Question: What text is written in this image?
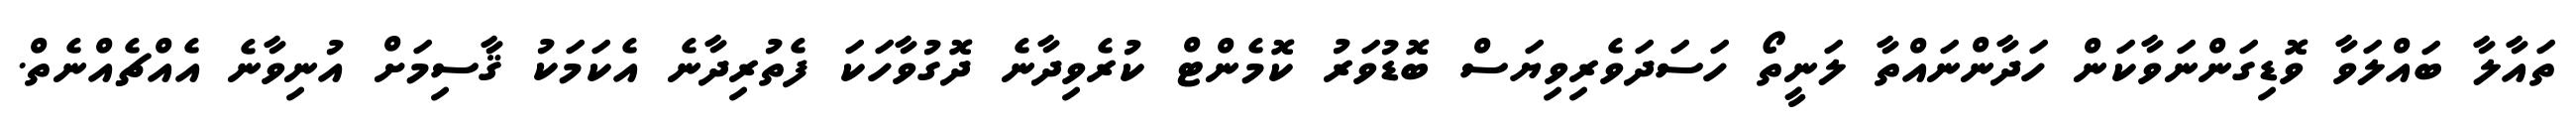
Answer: ތައާލާ ބައްލަވާ ވޮޑިގަންނަވާކަން ހަދާންނައްތާ ލަނީތޯ ހަސަދަވެރިވިޔަސް ބޮޑުވަރު ކޮމެންޓް ކުރެވިދާނެ ދޮގުވާހަކަ ފެތުރިދާނެ އެކަމަކު ޤާސިމަށް އުނިވާނެ އެއްޗެއްނެތް.